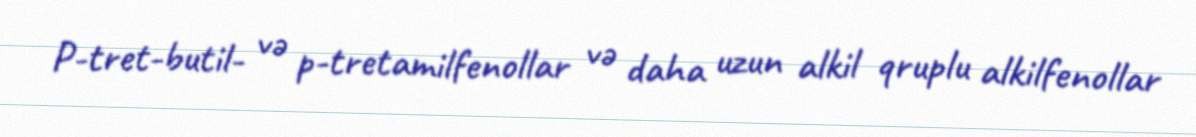
P-tret-butil- və p-tretamilfenollar və daha uzun alkil qruplu alkilfenollar